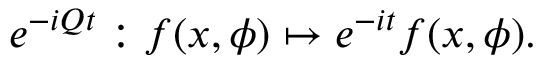
e ^ { - i Q t } : f ( x , \phi ) \mapsto e ^ { - i t } f ( x , \phi ) .